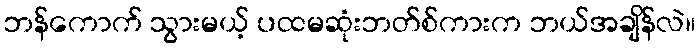
ဘန်ကောက် သွားမယ့် ပထမဆုံးဘတ်စ်ကားက ဘယ်အချိန်လဲ။